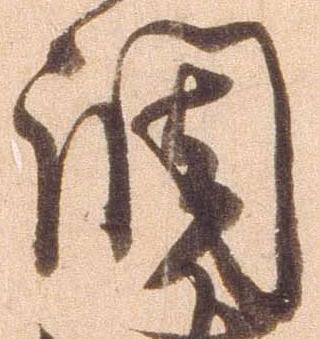
調